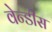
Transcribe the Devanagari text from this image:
वेन्डीस